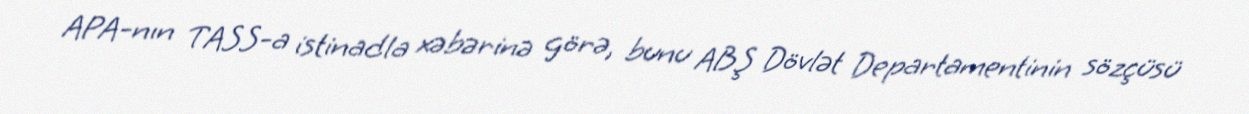
APA-nın TASS-a istinadla xəbərinə görə, bunu ABŞ Dövlət Departamentinin sözçüsü